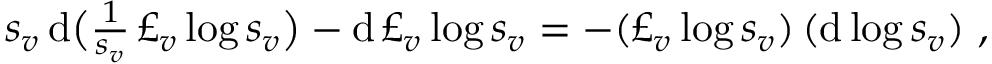
\begin{array} { r } { s _ { v } \, \mathrm { d } \bigl ( \frac { 1 } { s _ { v } } \, \pounds _ { v } \log s _ { v } \bigr ) - \mathrm { d } \, \pounds _ { v } \log s _ { v } = - ( \pounds _ { v } \log s _ { v } ) \, ( \mathrm { d } \log s _ { v } ) \ , } \end{array}